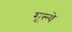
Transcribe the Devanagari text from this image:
मूल्‍ये